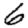
Digit: 6